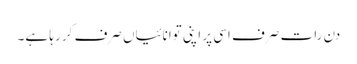
دن رات صرف اسی پر اپنی توانائیاں صرف کر رہا ہے۔